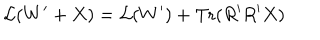
LaTeX: { \cal L } ( W ^ { \prime } + X ) = { \cal L } ( W ^ { \prime } ) + \mathrm { T r } ( R ^ { \prime } R ^ { \prime } X )